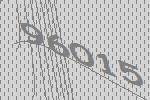
96015